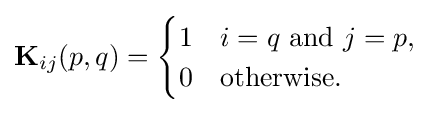
\mathbf {K} _{ij}(p,q)={\begin{cases}1&i=q{\text{ and }}j=p,\\0&{\text{otherwise}}.\end{cases}}